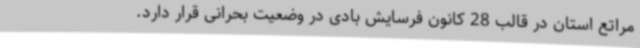
مراتع استان در قالب 28 کانون فرسایش بادی در وضعیت بحرانی قرار دارد.